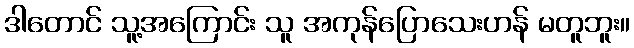
ဒါတောင် သူ့အကြောင်း သူ အကုန်ပြောသေးဟန် မတူဘူး။